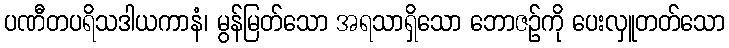
ပဏီတပရိသဒါယကာနံ၊ မွန်မြတ်သော အရသာရှိသော ဘောဇဉ်ကို ပေးလှူတတ်သော